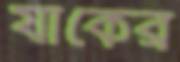
যাকের